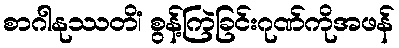
စာဂါနုဿတိံ၊ စွန့်ကြဲခြင်းဂုဏ်ကိုအဖန်